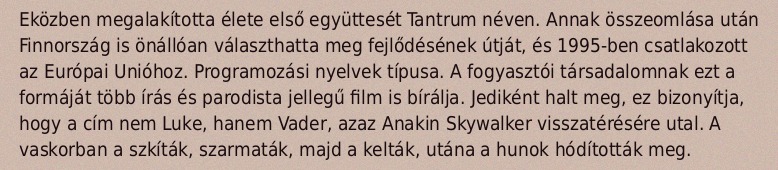
Eközben megalakította élete első együttesét Tantrum néven. Annak összeomlása után Finnország is önállóan választhatta meg fejlődésének útját, és 1995-ben csatlakozott az Európai Unióhoz. Programozási nyelvek típusa. A fogyasztói társadalomnak ezt a formáját több írás és parodista jellegű film is bírálja. Jediként halt meg, ez bizonyítja, hogy a cím nem Luke, hanem Vader, azaz Anakin Skywalker visszatérésére utal. A vaskorban a szkíták, szarmaták, majd a kelták, utána a hunok hódították meg.